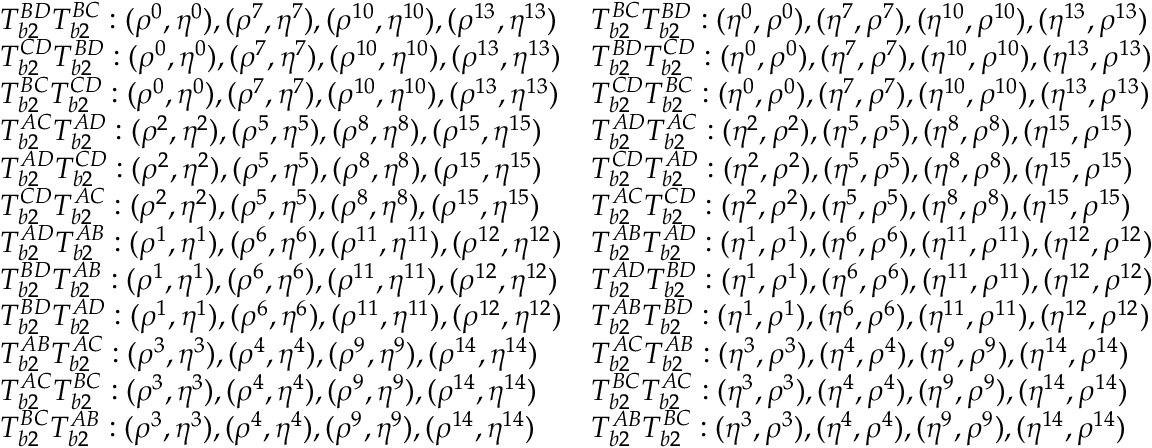
\begin{array} { l l } { T _ { b 2 } ^ { B D } T _ { b 2 } ^ { B C } : ( \rho ^ { 0 } , \eta ^ { 0 } ) , ( \rho ^ { 7 } , \eta ^ { 7 } ) , ( \rho ^ { 1 0 } , \eta ^ { 1 0 } ) , ( \rho ^ { 1 3 } , \eta ^ { 1 3 } ) } & { T _ { b 2 } ^ { B C } T _ { b 2 } ^ { B D } : ( \eta ^ { 0 } , \rho ^ { 0 } ) , ( \eta ^ { 7 } , \rho ^ { 7 } ) , ( \eta ^ { 1 0 } , \rho ^ { 1 0 } ) , ( \eta ^ { 1 3 } , \rho ^ { 1 3 } ) } \\ { T _ { b 2 } ^ { C D } T _ { b 2 } ^ { B D } : ( \rho ^ { 0 } , \eta ^ { 0 } ) , ( \rho ^ { 7 } , \eta ^ { 7 } ) , ( \rho ^ { 1 0 } , \eta ^ { 1 0 } ) , ( \rho ^ { 1 3 } , \eta ^ { 1 3 } ) } & { T _ { b 2 } ^ { B D } T _ { b 2 } ^ { C D } : ( \eta ^ { 0 } , \rho ^ { 0 } ) , ( \eta ^ { 7 } , \rho ^ { 7 } ) , ( \eta ^ { 1 0 } , \rho ^ { 1 0 } ) , ( \eta ^ { 1 3 } , \rho ^ { 1 3 } ) } \\ { T _ { b 2 } ^ { B C } T _ { b 2 } ^ { C D } : ( \rho ^ { 0 } , \eta ^ { 0 } ) , ( \rho ^ { 7 } , \eta ^ { 7 } ) , ( \rho ^ { 1 0 } , \eta ^ { 1 0 } ) , ( \rho ^ { 1 3 } , \eta ^ { 1 3 } ) } & { T _ { b 2 } ^ { C D } T _ { b 2 } ^ { B C } : ( \eta ^ { 0 } , \rho ^ { 0 } ) , ( \eta ^ { 7 } , \rho ^ { 7 } ) , ( \eta ^ { 1 0 } , \rho ^ { 1 0 } ) , ( \eta ^ { 1 3 } , \rho ^ { 1 3 } ) } \\ { T _ { b 2 } ^ { A C } T _ { b 2 } ^ { A D } : ( \rho ^ { 2 } , \eta ^ { 2 } ) , ( \rho ^ { 5 } , \eta ^ { 5 } ) , ( \rho ^ { 8 } , \eta ^ { 8 } ) , ( \rho ^ { 1 5 } , \eta ^ { 1 5 } ) } & { T _ { b 2 } ^ { A D } T _ { b 2 } ^ { A C } : ( \eta ^ { 2 } , \rho ^ { 2 } ) , ( \eta ^ { 5 } , \rho ^ { 5 } ) , ( \eta ^ { 8 } , \rho ^ { 8 } ) , ( \eta ^ { 1 5 } , \rho ^ { 1 5 } ) } \\ { T _ { b 2 } ^ { A D } T _ { b 2 } ^ { C D } : ( \rho ^ { 2 } , \eta ^ { 2 } ) , ( \rho ^ { 5 } , \eta ^ { 5 } ) , ( \rho ^ { 8 } , \eta ^ { 8 } ) , ( \rho ^ { 1 5 } , \eta ^ { 1 5 } ) } & { T _ { b 2 } ^ { C D } T _ { b 2 } ^ { A D } : ( \eta ^ { 2 } , \rho ^ { 2 } ) , ( \eta ^ { 5 } , \rho ^ { 5 } ) , ( \eta ^ { 8 } , \rho ^ { 8 } ) , ( \eta ^ { 1 5 } , \rho ^ { 1 5 } ) } \\ { T _ { b 2 } ^ { C D } T _ { b 2 } ^ { A C } : ( \rho ^ { 2 } , \eta ^ { 2 } ) , ( \rho ^ { 5 } , \eta ^ { 5 } ) , ( \rho ^ { 8 } , \eta ^ { 8 } ) , ( \rho ^ { 1 5 } , \eta ^ { 1 5 } ) } & { T _ { b 2 } ^ { A C } T _ { b 2 } ^ { C D } : ( \eta ^ { 2 } , \rho ^ { 2 } ) , ( \eta ^ { 5 } , \rho ^ { 5 } ) , ( \eta ^ { 8 } , \rho ^ { 8 } ) , ( \eta ^ { 1 5 } , \rho ^ { 1 5 } ) } \\ { T _ { b 2 } ^ { A D } T _ { b 2 } ^ { A B } : ( \rho ^ { 1 } , \eta ^ { 1 } ) , ( \rho ^ { 6 } , \eta ^ { 6 } ) , ( \rho ^ { 1 1 } , \eta ^ { 1 1 } ) , ( \rho ^ { 1 2 } , \eta ^ { 1 2 } ) } & { T _ { b 2 } ^ { A B } T _ { b 2 } ^ { A D } : ( \eta ^ { 1 } , \rho ^ { 1 } ) , ( \eta ^ { 6 } , \rho ^ { 6 } ) , ( \eta ^ { 1 1 } , \rho ^ { 1 1 } ) , ( \eta ^ { 1 2 } , \rho ^ { 1 2 } ) } \\ { T _ { b 2 } ^ { B D } T _ { b 2 } ^ { A B } : ( \rho ^ { 1 } , \eta ^ { 1 } ) , ( \rho ^ { 6 } , \eta ^ { 6 } ) , ( \rho ^ { 1 1 } , \eta ^ { 1 1 } ) , ( \rho ^ { 1 2 } , \eta ^ { 1 2 } ) } & { T _ { b 2 } ^ { A D } T _ { b 2 } ^ { B D } : ( \eta ^ { 1 } , \rho ^ { 1 } ) , ( \eta ^ { 6 } , \rho ^ { 6 } ) , ( \eta ^ { 1 1 } , \rho ^ { 1 1 } ) , ( \eta ^ { 1 2 } , \rho ^ { 1 2 } ) } \\ { T _ { b 2 } ^ { B D } T _ { b 2 } ^ { A D } : ( \rho ^ { 1 } , \eta ^ { 1 } ) , ( \rho ^ { 6 } , \eta ^ { 6 } ) , ( \rho ^ { 1 1 } , \eta ^ { 1 1 } ) , ( \rho ^ { 1 2 } , \eta ^ { 1 2 } ) } & { T _ { b 2 } ^ { A B } T _ { b 2 } ^ { B D } : ( \eta ^ { 1 } , \rho ^ { 1 } ) , ( \eta ^ { 6 } , \rho ^ { 6 } ) , ( \eta ^ { 1 1 } , \rho ^ { 1 1 } ) , ( \eta ^ { 1 2 } , \rho ^ { 1 2 } ) } \\ { T _ { b 2 } ^ { A B } T _ { b 2 } ^ { A C } : ( \rho ^ { 3 } , \eta ^ { 3 } ) , ( \rho ^ { 4 } , \eta ^ { 4 } ) , ( \rho ^ { 9 } , \eta ^ { 9 } ) , ( \rho ^ { 1 4 } , \eta ^ { 1 4 } ) } & { T _ { b 2 } ^ { A C } T _ { b 2 } ^ { A B } : ( \eta ^ { 3 } , \rho ^ { 3 } ) , ( \eta ^ { 4 } , \rho ^ { 4 } ) , ( \eta ^ { 9 } , \rho ^ { 9 } ) , ( \eta ^ { 1 4 } , \rho ^ { 1 4 } ) } \\ { T _ { b 2 } ^ { A C } T _ { b 2 } ^ { B C } : ( \rho ^ { 3 } , \eta ^ { 3 } ) , ( \rho ^ { 4 } , \eta ^ { 4 } ) , ( \rho ^ { 9 } , \eta ^ { 9 } ) , ( \rho ^ { 1 4 } , \eta ^ { 1 4 } ) } & { T _ { b 2 } ^ { B C } T _ { b 2 } ^ { A C } : ( \eta ^ { 3 } , \rho ^ { 3 } ) , ( \eta ^ { 4 } , \rho ^ { 4 } ) , ( \eta ^ { 9 } , \rho ^ { 9 } ) , ( \eta ^ { 1 4 } , \rho ^ { 1 4 } ) } \\ { T _ { b 2 } ^ { B C } T _ { b 2 } ^ { A B } : ( \rho ^ { 3 } , \eta ^ { 3 } ) , ( \rho ^ { 4 } , \eta ^ { 4 } ) , ( \rho ^ { 9 } , \eta ^ { 9 } ) , ( \rho ^ { 1 4 } , \eta ^ { 1 4 } ) } & { T _ { b 2 } ^ { A B } T _ { b 2 } ^ { B C } : ( \eta ^ { 3 } , \rho ^ { 3 } ) , ( \eta ^ { 4 } , \rho ^ { 4 } ) , ( \eta ^ { 9 } , \rho ^ { 9 } ) , ( \eta ^ { 1 4 } , \rho ^ { 1 4 } ) } \end{array}